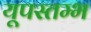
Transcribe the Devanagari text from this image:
यूपस्तम्भ